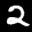
Label: 2